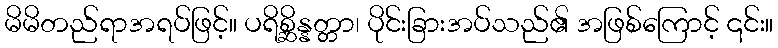
မိမိတည်ရာအရပ်ဖြင့်။ ပရိစ္ဆိန္နတ္တာ၊ ပိုင်းခြားအပ်သည်၏ အဖြစ်ကြောင့် ၎င်း။